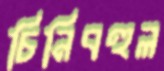
চিনিবহুল